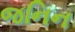
જનિન